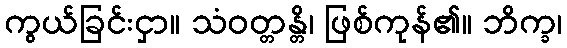
ကွယ်ခြင်းငှာ။ သံဝတ္တန္တိ၊ ဖြစ်ကုန်၏။ ဘိက္ခ၊